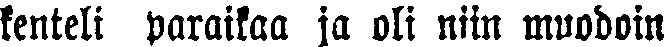
kenteli paraikaa ja oli niin muodoin